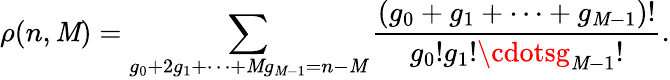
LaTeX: \rho(n,\mathit{M})=\sum_{g_{0}+2g_{1}+\cdots+\mathit{M}g_{\mathit{M}-1}=n-\mathit{M}}\frac{{(g_{0}+g_{1}+\cdots+g_{\mathit{M}-1})!}}{{g_{0}!g_{1}!\cdotsg_{\mathit{M}-1}!}}.